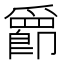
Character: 𫨀